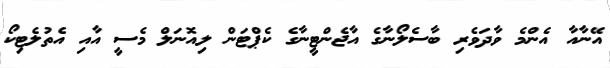
އޭނާއާ އެންމެ ވާދަވެރި ބާސެލޯނާގެ އާޖެންޓީނާގެ ކެޕްޓަން ލިއޮނަލް މެސީ އާއި އެތުލެޓިކޯ